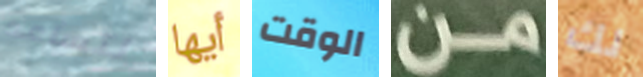
لتساعد أيها الوقت من لك